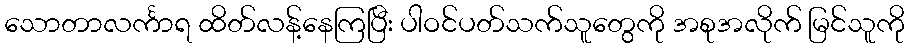
သောတာလင်္ကာရ ထိတ်လန့်နေကြပြီး ပါဝင်ပတ်သက်သူတွေကို အစုအလိုက် မြင်သူကို